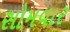
સોમવાર